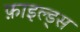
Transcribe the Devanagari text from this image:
फ़ाइल्ड्स